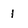
Character: 1